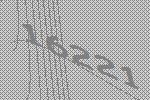
16221